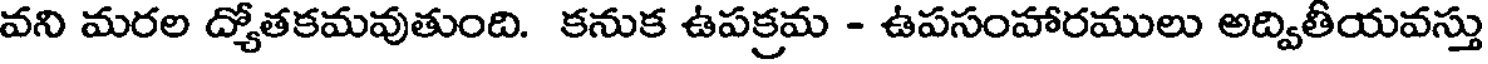
వని మరల ద్యోతకమవుతుంది. కనుక ఉపక్రమ - ఉపసంహారములు అద్వితీయవస్తు